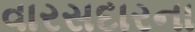
વારસદારના